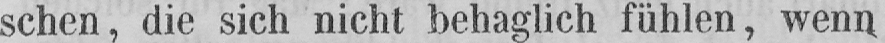
schen, die sich nicht behaglich fühlen, wenn